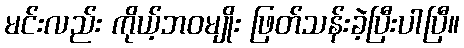
မင်းလည်း ကိုယ့်ဘဝမျိုး ဖြတ်သန်းခဲ့ပြီးပါပြီ။